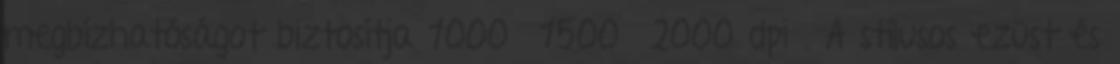
megbízhatóságot biztosítja 1000 1500 2000 dpi . A stílusos ezüst és